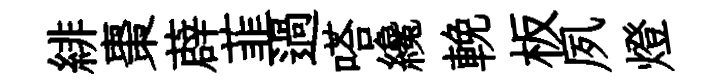
緋棗薜韮過嗒纔輓板夙燈